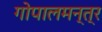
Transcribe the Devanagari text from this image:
गोपालमन्त्र